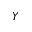
Y